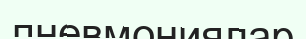
пневмониялар